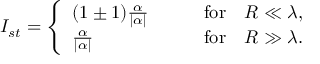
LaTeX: I _ { s t } = \left\{ \begin{array} { l l } { { ( 1 \pm 1 ) \frac { \alpha } { | \alpha | } \qquad } } & { { \mathrm { f o r } \quad R \ll \lambda , } } \\ { { \frac { \alpha } { | \alpha | } \qquad } } & { { \mathrm { f o r } \quad R \gg \lambda . } } \end{array} \right.